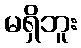
မရှိဘူး